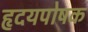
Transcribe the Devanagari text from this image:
हृदयपोषक